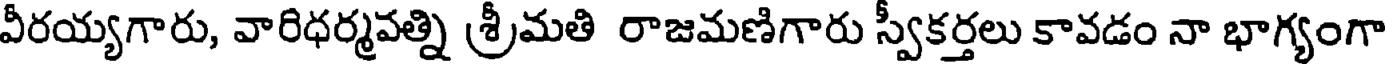
వీరయ్యగారు, వారిధర్మవత్ని శ్రీమతి రాజమణిగారు స్వీకర్తలు కావడం నా భాగ్యంగా